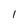
Character: I